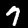
Digit: 7